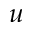
\boldsymbol { u }